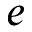
e